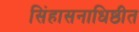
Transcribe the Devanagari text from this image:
सिंहासनाधिष्ठीत